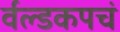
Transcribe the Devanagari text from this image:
र्वल्डकपचं